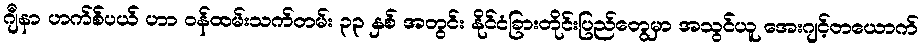
ဂျီနာ ဟက်စ်ပယ် ဟာ ဝန်ထမ်းသက်တမ်း ၃၃ နှစ် အတွင်း နိုင်ငံခြားတိုင်းပြည်တွေမှာ အသွင်ယူ အေးဂျင့်တယောက်